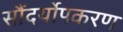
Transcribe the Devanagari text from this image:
सौंदर्योपकरण